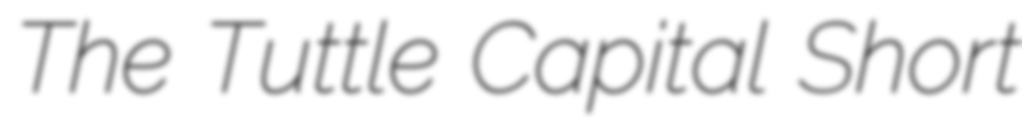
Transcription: The Tuttle Capital Short